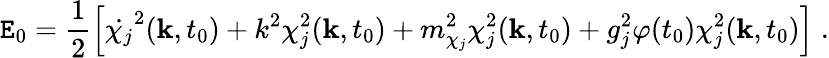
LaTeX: \mathtt{E}_{0}=\frac{{1}}{{2}}\left[\dot{{\chi_{j}}}^{2}({\mathbf{k}},t_{0})+k^{2}\chi_{j}^{2}({\mathbf{k}},t_{0})+m_{\chi_{j}}^{2}\chi_{j}^{2}({\mathbf{k}},t_{0})+g_{j}^{2}\varphi(t_{0})\chi_{j}^{2}({\mathbf{k}},t_{0})\right]\; .